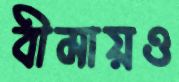
বীমায়ও